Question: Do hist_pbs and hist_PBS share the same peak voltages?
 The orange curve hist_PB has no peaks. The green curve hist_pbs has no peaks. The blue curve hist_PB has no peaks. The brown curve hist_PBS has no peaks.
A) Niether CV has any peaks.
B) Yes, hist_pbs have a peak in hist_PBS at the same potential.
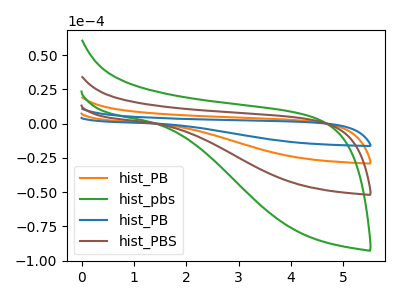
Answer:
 <answer>A) Niether CV has any peaks.</answer>
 <eval>A</eval>